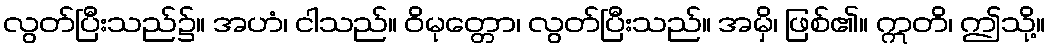
လွတ်ပြီးသည်၌။ အဟံ၊ ငါသည်။ ဝိမုတ္တော၊ လွတ်ပြီးသည်။ အမှိ၊ ဖြစ်၏။ ဣတိ၊ ဤသို့။